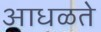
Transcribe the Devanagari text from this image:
आधळते